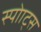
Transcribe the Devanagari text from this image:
स्पोाट्स